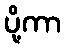
ပို့ကာ